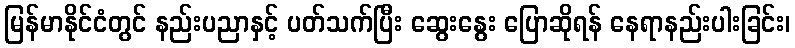
မြန်မာနိုင်ငံတွင် နည်းပညာနှင့် ပတ်သက်ပြီး ဆွေးနွေး ပြောဆိုရန် နေရာနည်းပါးခြင်း၊